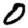
Digit: 0